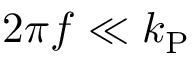
2 \pi f \ll k _ { \mathrm { P } }